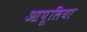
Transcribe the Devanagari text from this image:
आपूलिया